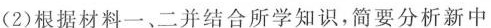
(2)根据材料一、二并结合所学知识，简要分析新中